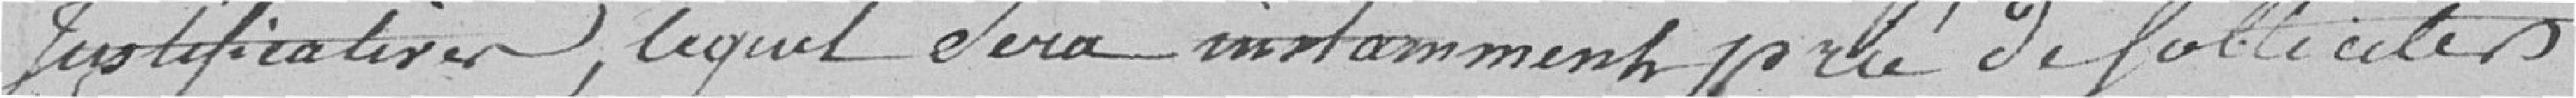
justificatives, lequel sera notamment prié de solliciter